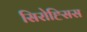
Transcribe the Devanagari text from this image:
सिरोह्सिस